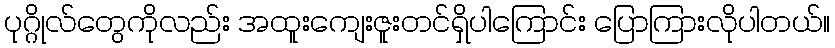
ပုဂ္ဂိုလ်တွေကိုလည်း အထူးကျေးဇူးတင်ရှိပါကြောင်း ပြောကြားလိုပါတယ်။